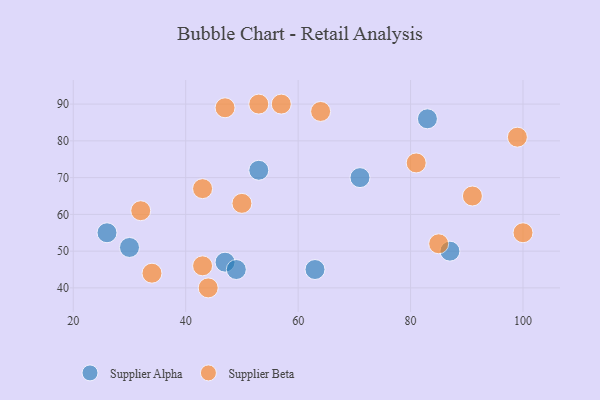
{"axis": {"x": "GDP", "y": "Life Expectancy"}, "legend": ["Supplier Alpha", "Supplier Beta"], "data": [{"x": "47", "y": 47, "type": "Supplier Alpha"}, {"x": "83", "y": 86, "type": "Supplier Alpha"}, {"x": "53", "y": 72, "type": "Supplier Alpha"}, {"x": "87", "y": 50, "type": "Supplier Alpha"}, {"x": "26", "y": 55, "type": "Supplier Alpha"}, {"x": "30", "y": 51, "type": "Supplier Alpha"}, {"x": "71", "y": 70, "type": "Supplier Alpha"}, {"x": "49", "y": 45, "type": "Supplier Alpha"}, {"x": "63", "y": 45, "type": "Supplier Alpha"}, {"x": "64", "y": 88, "type": "Supplier Beta"}, {"x": "53", "y": 90, "type": "Supplier Beta"}, {"x": "34", "y": 44, "type": "Supplier Beta"}, {"x": "43", "y": 46, "type": "Supplier Beta"}, {"x": "100", "y": 55, "type": "Supplier Beta"}, {"x": "44", "y": 40, "type": "Supplier Beta"}, {"x": "81", "y": 74, "type": "Supplier Beta"}, {"x": "43", "y": 67, "type": "Supplier Beta"}, {"x": "91", "y": 65, "type": "Supplier Beta"}, {"x": "85", "y": 52, "type": "Supplier Beta"}, {"x": "47", "y": 89, "type": "Supplier Beta"}, {"x": "32", "y": 61, "type": "Supplier Beta"}, {"x": "57", "y": 90, "type": "Supplier Beta"}, {"x": "50", "y": 63, "type": "Supplier Beta"}, {"x": "99", "y": 81, "type": "Supplier Beta"}]}